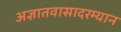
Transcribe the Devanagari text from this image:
अज्ञातवासादरम्यान